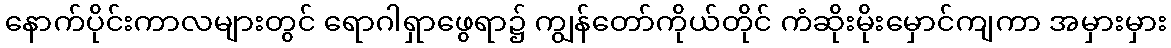
နောက်ပိုင်းကာလများတွင် ရောဂါရှာဖွေရာ၌ ကျွန်တော်ကိုယ်တိုင် ကံဆိုးမိုးမှောင်ကျကာ အမှားမှား